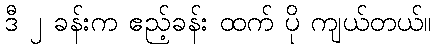
ဒီ ၂ ခန်းက ဧည့်ခန်း ထက် ပို ကျယ်တယ်။